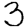
Digit: 3